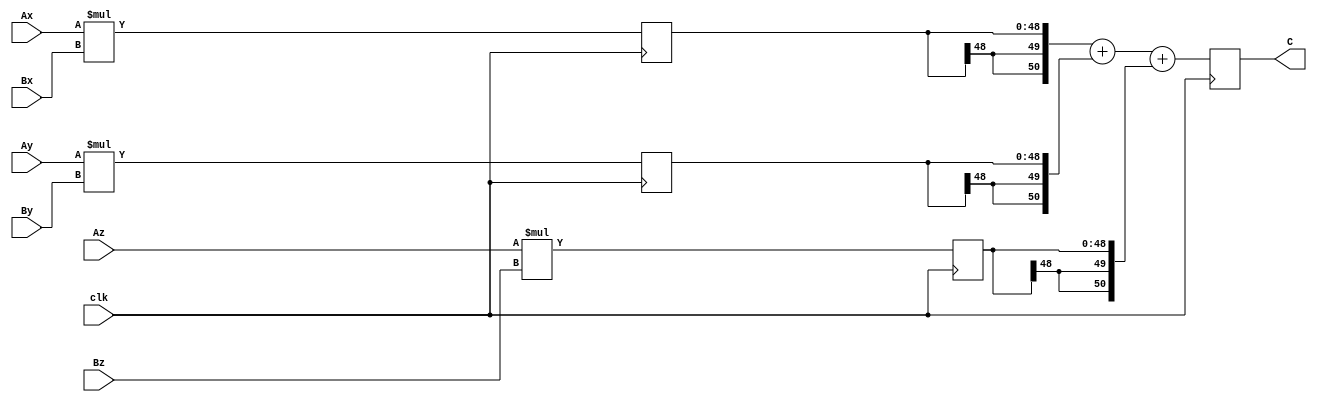
module dotproduct16x33 (Ax, Ay, Az, Bx, By, Bz, C, clk);
    input[16 - 1:0] Ax; 
    input[16 - 1:0] Ay; 
    input[16 - 1:0] Az; 
    input[33 - 1:0] Bx; 
    input[33 - 1:0] By; 
    input[33 - 1:0] Bz; 
    output[16 + 33 + 1:0] C; 
    reg[16 + 33 + 1:0] C;
    input clk; 
    reg[16 + 33 - 1:0] AxBx; 
    reg[16 + 33 - 1:0] AyBy; 
    reg[16 + 33 - 1:0] AzBz; 
    always @(posedge clk)
    begin
       AxBx <= Ax * Bx ; 
       AyBy <= Ay * By ; 
       AzBz <= Az * Bz ; 
       C <= ({AxBx[16 + 33 - 1], AxBx[16 + 33 - 1], AxBx}) + ({AyBy[16 + 33 - 1], AyBy[16 + 33 - 1], AyBy}) + ({AzBz[16 + 33 - 1], AzBz[16 + 33 - 1], AzBz}) ;  
    end 
 endmodule